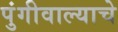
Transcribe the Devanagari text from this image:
पुंगीवाल्याचे